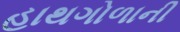
હાથગોળાની